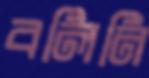
বলিনি